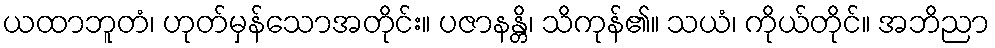
ယထာဘူတံ၊ ဟုတ်မှန်သောအတိုင်း။ ပဇာနန္တိ၊ သိကုန်၏။ သယံ၊ ကိုယ်တိုင်။ အဘိညာ